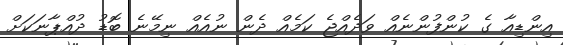
އިންޑިއާ ގެ ކުންފުންނެއް ވަދެއްޖެ ކަމެއް ދެން ނުއެއް ނިމޭނެ ބޮޑު ދުއްޕާނަކަށް